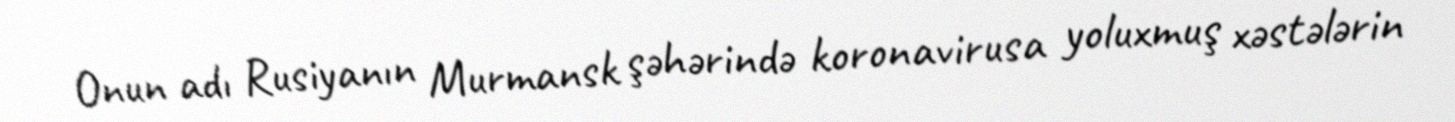
Onun adı Rusiyanın Murmansk şəhərində koronavirusa yoluxmuş xəstələrin